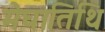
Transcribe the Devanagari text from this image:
मेघातिथि